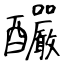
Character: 釅